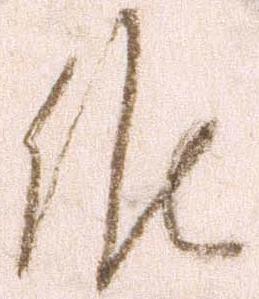
候